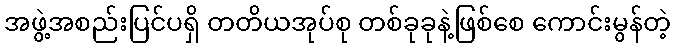
အဖွဲ့အစည်းပြင်ပရှိ တတိယအုပ်စု တစ်ခုခုနဲ့ဖြစ်စေ ကောင်းမွန်တဲ့